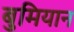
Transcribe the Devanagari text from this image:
बुमियान